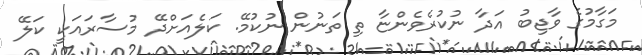
މަގާމުގެ ވާޖިބު އަދާ ނުކުރެވެންޏާ ތި ތަނުން ނުކުމޭ. ކަލެއަށްދޭ މުސާރައަކީ ކަލޭ